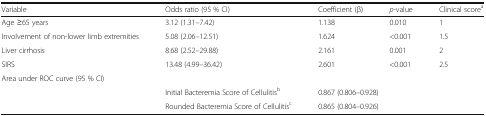
| Variable | Odds ratio (95 % CI) | Coefficient (β) | p-value | Clinical scorea |
 | --- | --- | --- | --- | --- |
 | Age ≥65 years | 3.12 (1.31–7.42) | 1.138 | 0.010 | 1 |
 | Involvement of non-lower limb extremities | 5.08 (2.06–12.51) | 1.624 | <0.001 | 1.5 |
 | Liver cirrhosis | 8.68 (2.52–29.88) | 2.161 | 0.001 | 2 |
 | SIRS | 13.48 (4.99–36.42) | 2.601 | <0.001 | 2.5 |
 | <COLSPAN=5> Area under ROC curve (95 % CI) |
 |  | Initial Bacteremia Score of Cellulitisb | <COLSPAN=3> 0.867 (0.806–0.928) |
 |  | Rounded Bacteremia Score of Cellulitisc | <COLSPAN=3> 0.865 (0.804–0.926) |